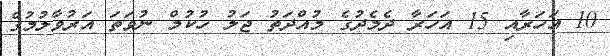
10 އަހަރާއި 15 އަހަރާ ދެމެދުގެ މުއްދަތު ޖަލު ހުކުމް ނުވަތަ އަރުވާލުމުގެ